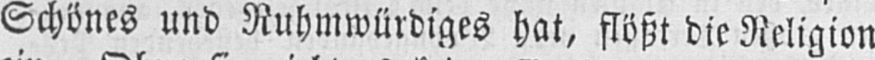
Schönes und Ruhmwürdiges hat, flößt die Religion